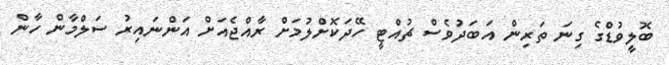
ބޮލީވުޑްގެ ގިނަ ތަރިން އަބަދުވެސް ޗުއްޓީ ހޭދަކޮށްލުމަށް ރާއްޖެއަށް އަންނައިރު ސަލްމާން ހާން